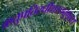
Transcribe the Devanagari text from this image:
क्रतुपतिरधीशस्तनुभृतां।